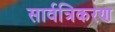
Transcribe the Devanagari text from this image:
सार्वत्रिकरण